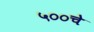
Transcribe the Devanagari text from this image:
५००चे